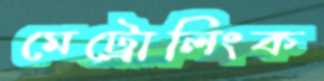
মেট্রোলিংক